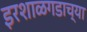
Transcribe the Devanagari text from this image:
इरशाळगडाच्या